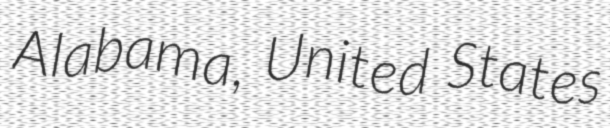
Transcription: Alabama, United States